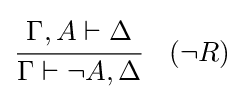
{\cfrac {\Gamma ,A\vdash \Delta }{\Gamma \vdash \lnot A,\Delta }}\quad ({\lnot }R)